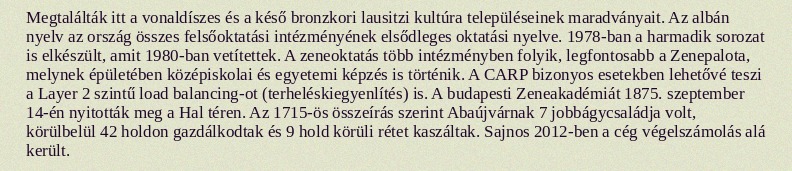
Megtalálták itt a vonaldíszes és a késő bronzkori lausitzi kultúra településeinek maradványait. Az albán nyelv az ország összes felsőoktatási intézményének elsődleges oktatási nyelve. 1978-ban a harmadik sorozat is elkészült, amit 1980-ban vetítettek. A zeneoktatás több intézményben folyik, legfontosabb a Zenepalota, melynek épületében középiskolai és egyetemi képzés is történik. A CARP bizonyos esetekben lehetővé teszi a Layer 2 szintű load balancing-ot (terheléskiegyenlítés) is. A budapesti Zeneakadémiát 1875. szeptember 14-én nyitották meg a Hal téren. Az 1715-ös összeírás szerint Abaújvárnak 7 jobbágycsaládja volt, körülbelül 42 holdon gazdálkodtak és 9 hold körüli rétet kaszáltak. Sajnos 2012-ben a cég végelszámolás alá került.